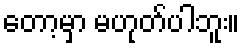
တော့မှာ မဟုတ်ပါဘူး။